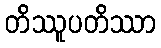
တိဿူပတိဿာ